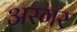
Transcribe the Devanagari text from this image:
अस्गर